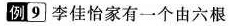
例9 李佳怡家有一个由六根